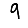
Digit: 9